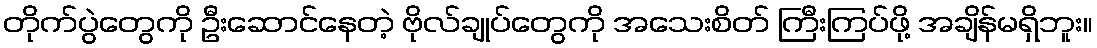
တိုက်ပွဲတွေကို ဦးဆောင်နေတဲ့ ဗိုလ်ချုပ်တွေကို အသေးစိတ် ကြီးကြပ်ဖို့ အချိန်မရှိဘူး။